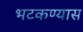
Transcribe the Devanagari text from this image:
भटकण्यास